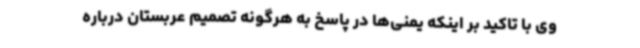
وی با تاکید بر اینکه یمنی‌ها در پاسخ به هرگونه تصمیم عربستان درباره